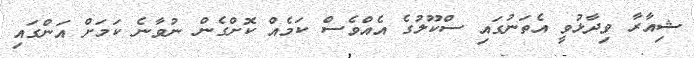
ޝިއާރާ ވިދާޅުވީ އެތަނުގައި ސްކޫލުގެ އެއްވެސް ކަމެއް ކޮށްގެން ނުވާނެ ކަމަށް އަންގައި